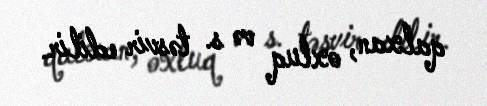
qalxan, oxluq və s. təsvir edilir.